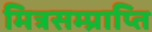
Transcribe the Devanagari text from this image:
मित्रसम्प्राप्ति